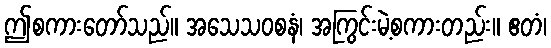
ဤစကားတော်သည်။ အသေသဝစနံ၊ အကြွင်းမဲ့စကားတည်း။ ဧတံ၊